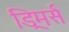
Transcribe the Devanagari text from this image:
ड्रिमर्स